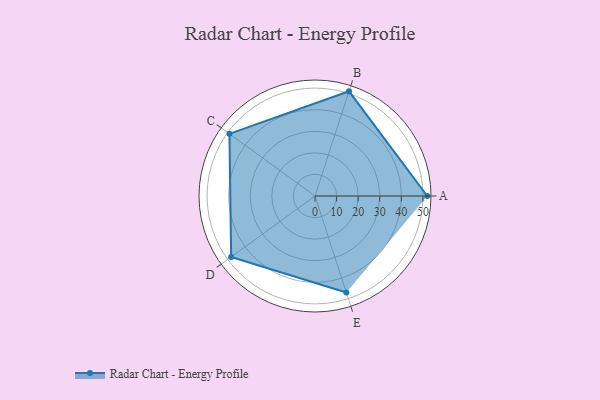
{"axis": {"x": "Skill", "y": "Score"}, "legend": ["Profile"], "data": [{"x": "A", "y": 52.0, "type": "Profile"}, {"x": "B", "y": 51.0, "type": "Profile"}, {"x": "C", "y": 49.0, "type": "Profile"}, {"x": "D", "y": 48.0, "type": "Profile"}, {"x": "E", "y": 47.0, "type": "Profile"}]}